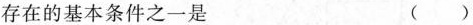
存在的基本条件之一是 ()